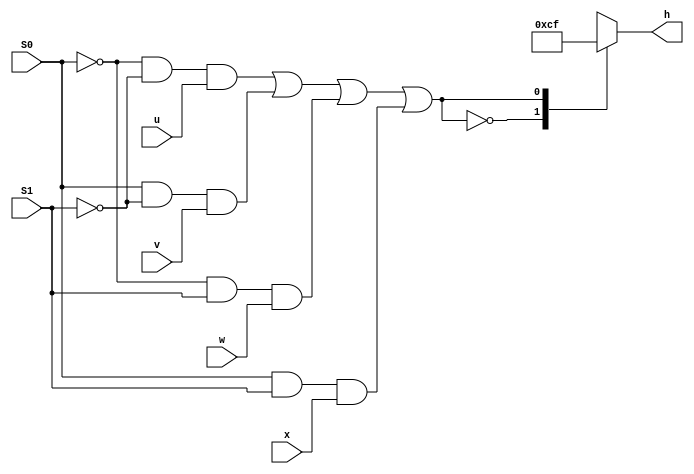
module choose_from_4_symbols(  
		input u, v, w, x, S0, S1,
		output reg [0:6] h);
		
		assign m = (~S0 & ~S1 & u) | (S0 & ~S1 &v) | (~S0 & S1 & w) | (S0 & S1 & x);

		
		always @(*)
			casex(m)
				4'd0: h=7'b0000001;
				4'd1: h=7'b1001111;
				4'd2: h=7'b0010010;
				4'd3: h=7'b0000110;
				default: h=7'b1111111;
			endcase
	
endmodule